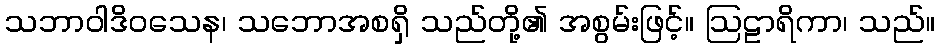
သဘာဝါဒိဝသေန၊ သဘောအစရှိ သည်တို့၏ အစွမ်းဖြင့်။ ဩဠာရိကာ၊ သည်။